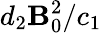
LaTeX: d_{2}\mathbf{B}_{0}^{2}/c_{1}